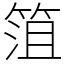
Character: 䈌